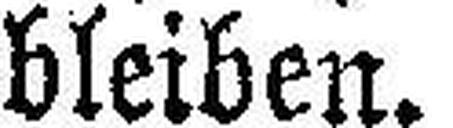
bleiben.